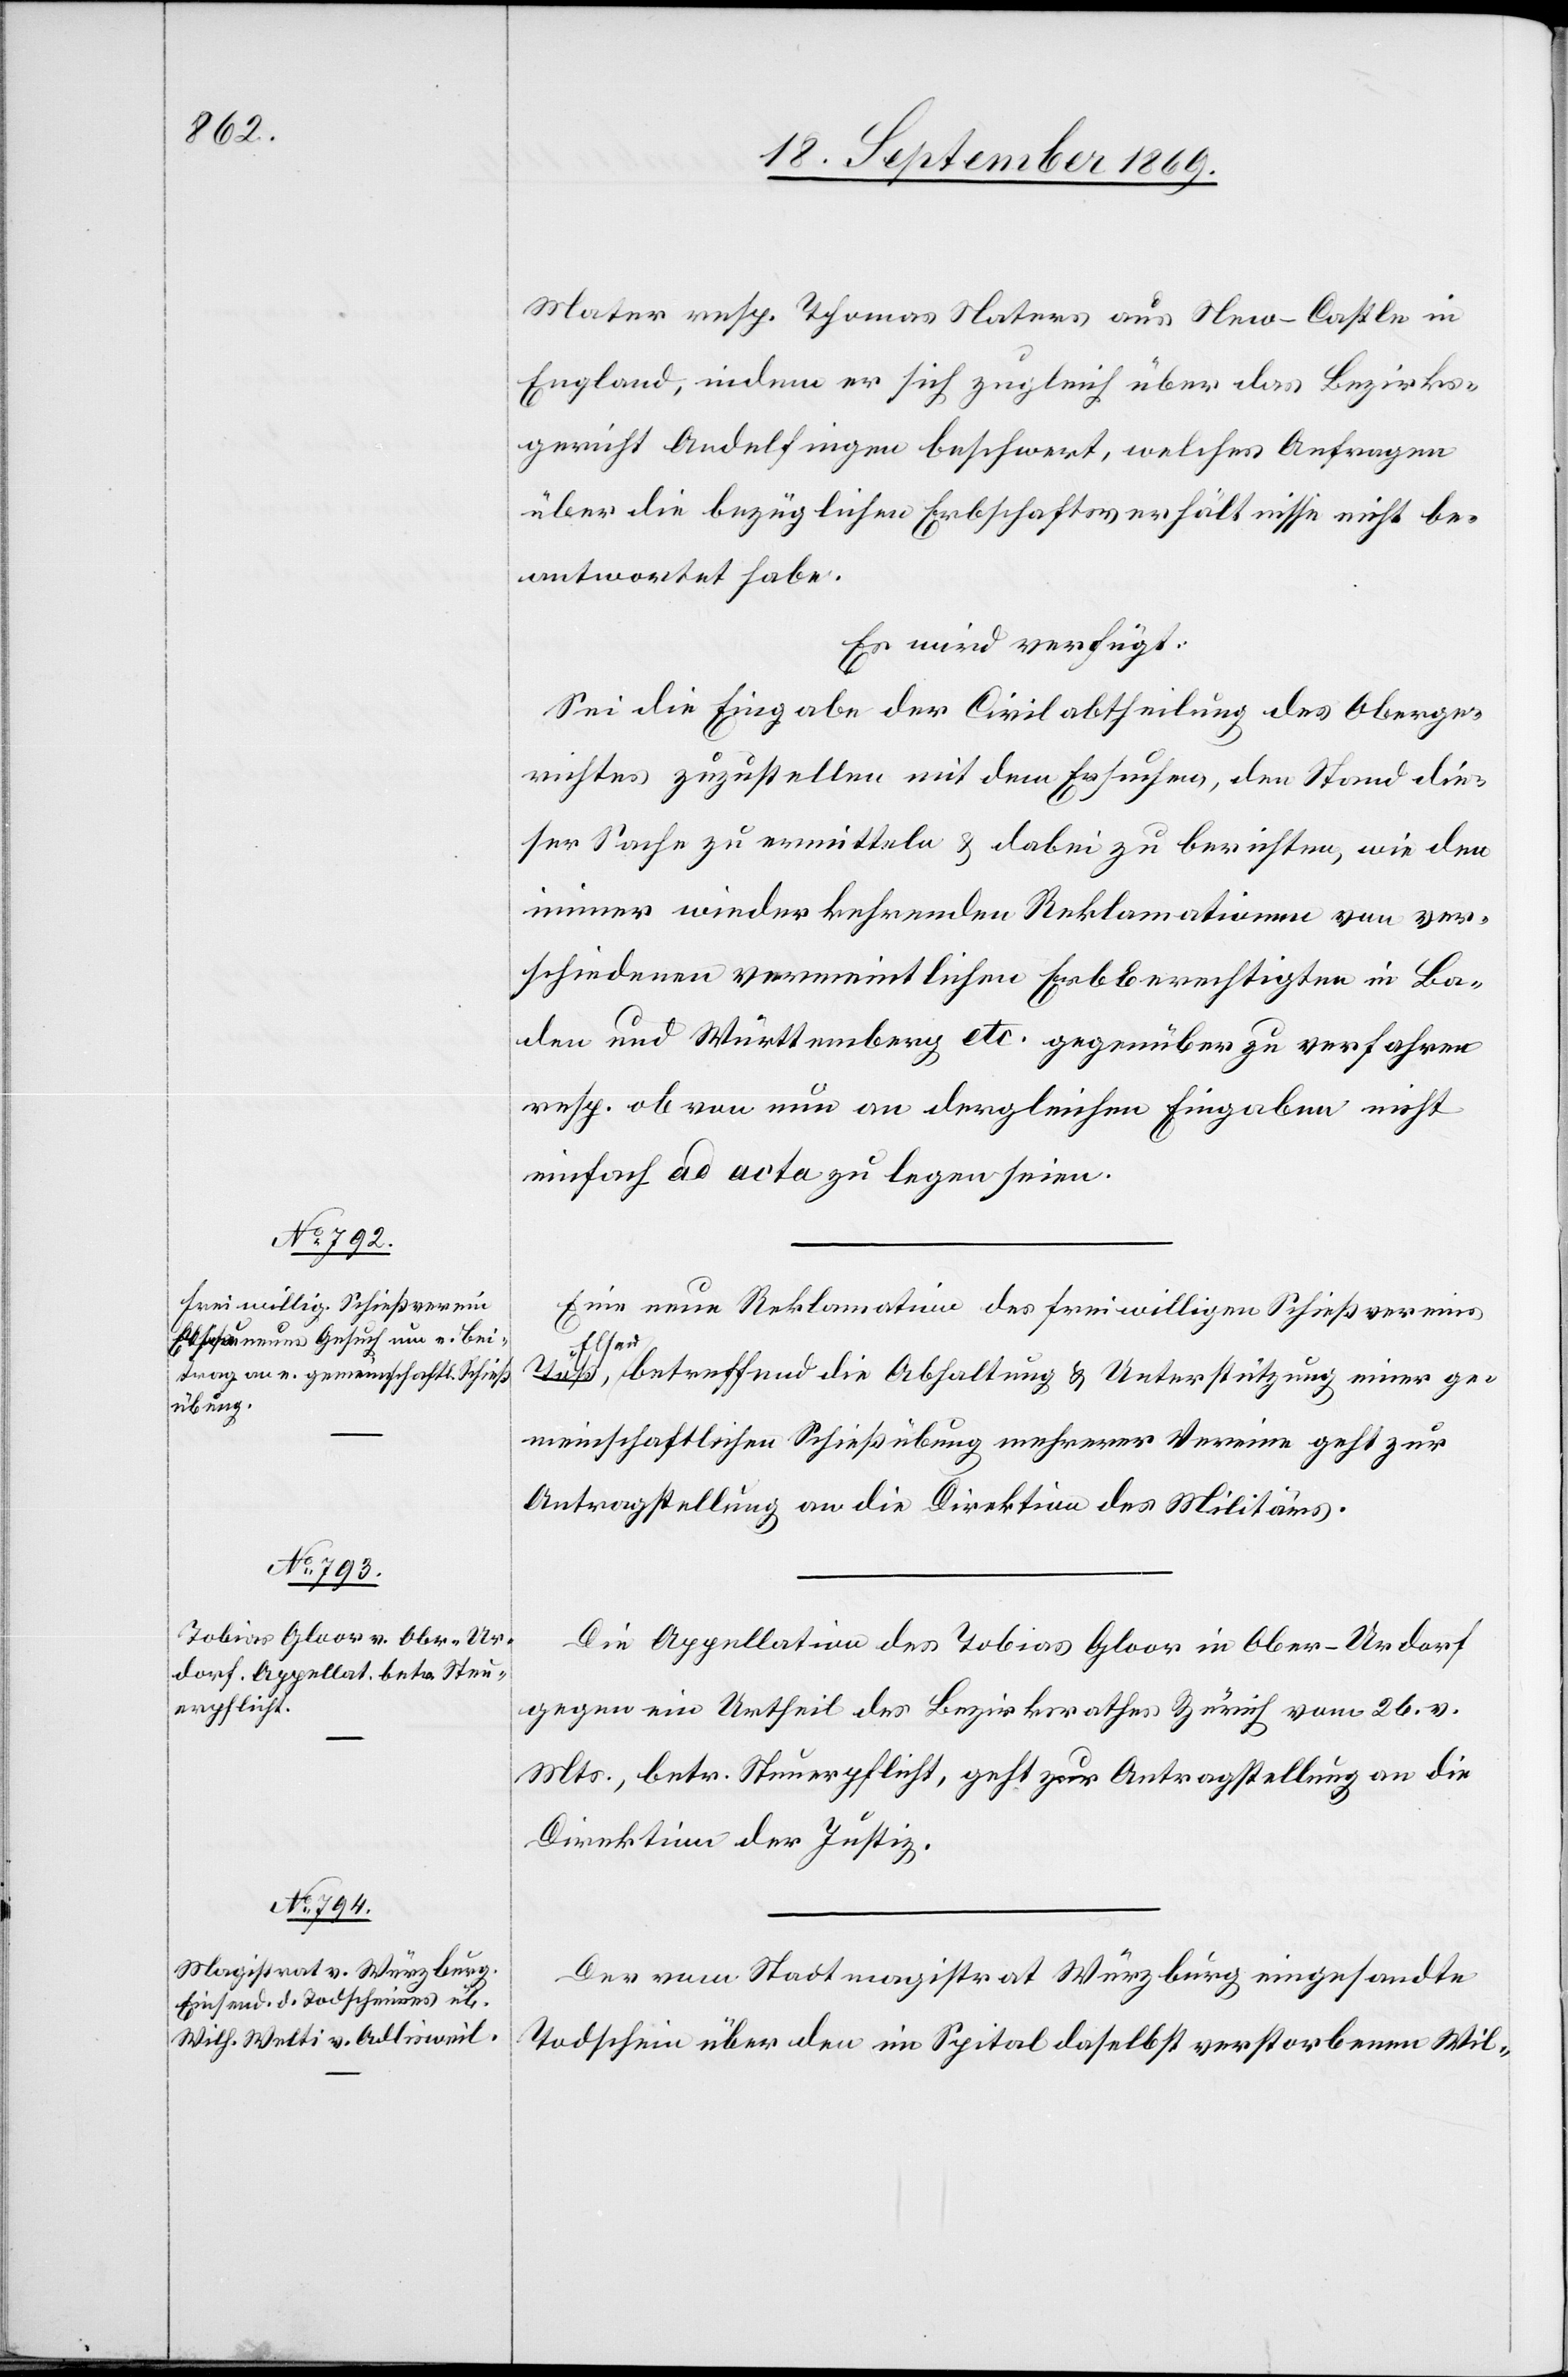
18. September 1869.]
Mater resp. Thomas Naters aus New-Castle in
England, indem er sich zugleich über das Bezirks¬
gericht Andelfingen beschwert, welches Anfragen
über die bezüglichen Erbschaftsverhältnisse nicht be¬
antwortet habe.
Es wird verfügt:
Sei die Eingabe der Civilabtheilung des Oberge¬
richtes zuzustellen mit dem Ersuchen, den Stand die¬
ser Sache zu ermitteln & dabei zu berichten, wie den
immer wiederkehrenden Reklamationen von ver¬
schiedenen vermeintlichen Erbberechtigten in Ba¬
den und Württemberg etc. gegenüber zu verfahren
resp. ob von nun an dergleichen Eingaben nicht
einfach ad acta zu legen seien.
Eine neue Reklamation des freiwilligen Schießvereins
Els¬
au, betreffend die Abhaltung & Unterstützung einer ge¬
meinschaftlichen Schießübung mehrerer Vereine geht zur
Antragstellung an die Direktion des Militärs.
Die Appellation des Tobias Gloor in Ober-Urdorf
gegen ein Urtheil des Bezirksrathes Zürich vom 26. v.
Mts., betr. Steuerpflicht, geht zur Antragstellung an die
Direktion der Justiz.
Der vom Stadtmagistrat Würzburg eingesandte
Todschein über den im Spital daselbst verstorbenen Wil-